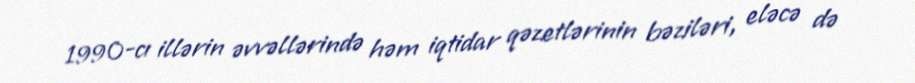
1990-cı illərin əvvəllərində həm iqtidar qəzetlərinin bəziləri, eləcə də